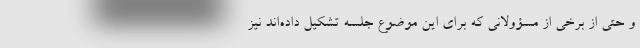
و حتی از برخی از مسؤولانی که برای این موضوع جلسه تشکیل داده‌اند نیز